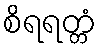
စိရရတ္တံ